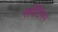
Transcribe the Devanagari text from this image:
सर्पेटिनम